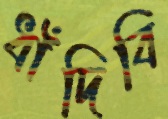
ধাঁদিবি